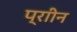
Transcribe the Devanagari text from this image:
प्राीन